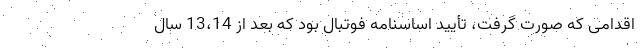
اقدامی که صورت گرفت، تأیید اساسنامه فوتبال بود که بعد از 13،14 سال